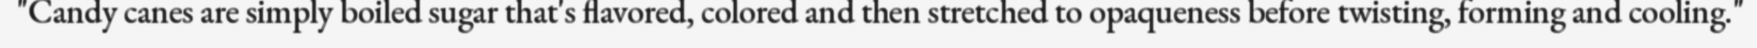
"Candy canes are simply boiled sugar that's flavored, colored and then stretched to opaqueness before twisting, forming and cooling."